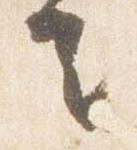
去